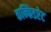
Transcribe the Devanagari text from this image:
कन्फिडरेट